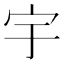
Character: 宇